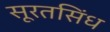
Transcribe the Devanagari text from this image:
सूरतसिंध